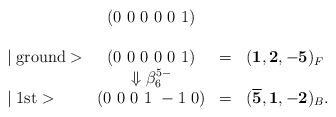
LaTeX: \begin{align*}\begin{array}{lccl} & (0~0~0~0~0~1) \\\\\mid \mbox{ground}> & (0~0~0~0~0~1) & = & ({\bf 1,2,-5})_F \\ & \Downarrow \beta^{5-}_6 \\\mid \mbox{1st}> & (0~0~0~1~-1~0) & = & ({\bf \overline {5},1,-2})_B. \\\end{array}\end{align*}